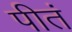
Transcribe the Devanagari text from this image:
पीतं